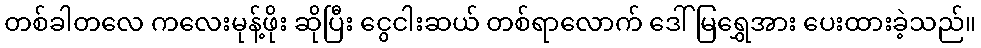
တစ်ခါတလေ ကလေးမုန့်ဖိုး ဆိုပြီး ငွေငါးဆယ် တစ်ရာလောက် ဒေါ်မြရွှေအား ပေးထားခဲ့သည်။